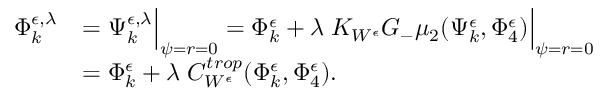
\begin{array} { r l } { \Phi _ { k } ^ { { \epsilon } , \lambda } } & { = \Psi _ { k } ^ { { \epsilon } , \lambda } \Big | _ { \psi = r = 0 } = \Phi _ { k } ^ { \epsilon } + \lambda \; K _ { W ^ { \epsilon } } G _ { - } \mu _ { 2 } ( \Psi _ { k } ^ { \epsilon } , \Phi _ { 4 } ^ { \epsilon } ) \Big | _ { \psi = r = 0 } } \\ & { = \Phi _ { k } ^ { \epsilon } + \lambda \; C _ { W ^ { \epsilon } } ^ { t r o p } ( \Phi _ { k } ^ { \epsilon } , \Phi _ { 4 } ^ { \epsilon } ) . } \end{array}